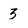
Character: 3